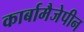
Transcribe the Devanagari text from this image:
कार्बामैजेपीन